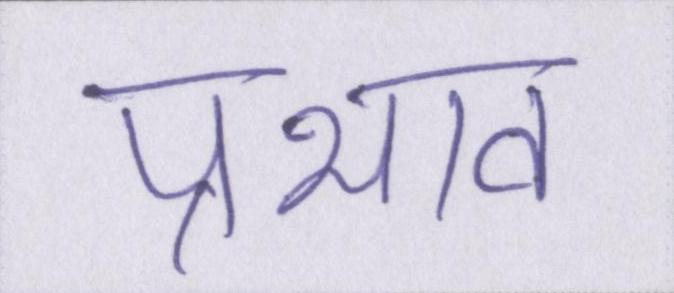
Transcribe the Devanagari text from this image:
प्रभाव